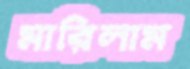
মারিলাম